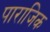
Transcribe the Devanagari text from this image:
पाराजिक